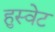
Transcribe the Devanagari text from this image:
हुस्वेट